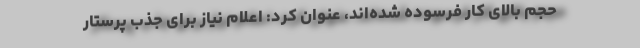
حجم بالای کار فرسوده شده‌اند، عنوان کرد: اعلام نیاز برای جذب پرستار